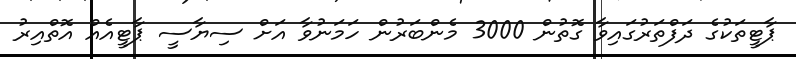
ޕާޓީތަކުގެ ދަފްތަރުގައިވާ ގޮތުން 3000 މެންބަރުން ހަމަނުވާ އަށް ސިޔާސީ ޕާޓީއެއް އޮތްއިރު